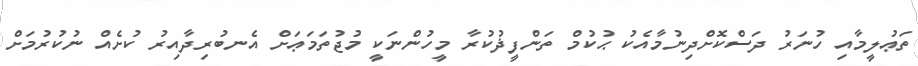
ތަޢުލީމާއި ހުނަރު ދަސްކޮށްދިނުމާއެކު ޙުކުމް ތަންފީޛުކުރާ މީހުންނަކީ މުޖުތަމަޢަށް އެނބުރިދާއިރު ކުށެއް ނުކުރުމަށް